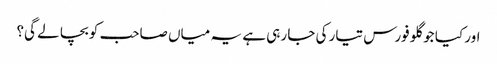
اور کیا جو گلو فورس تیار کی جا رہی ہے یہ میاں صاحب کو بچا لے گی؟